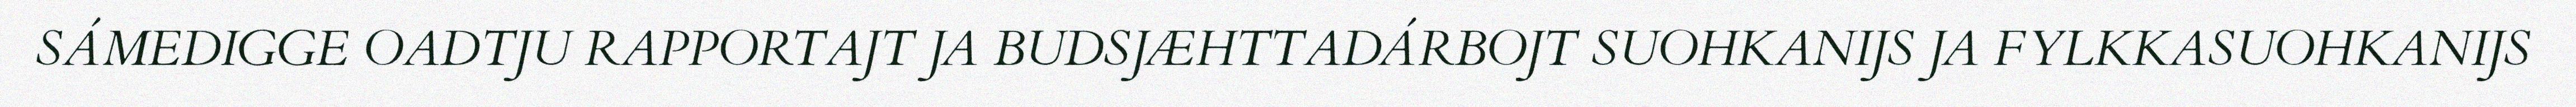
SÁMEDIGGE OADTJU RAPPORTAJT JA BUDSJÆHTTADÁRBOJT SUOHKANIJS JA FYLKKASUOHKANIJS